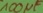
Text: 100µF